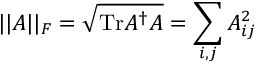
\vert \vert A \vert \vert _ { F } = \sqrt { \mathrm { T r } A ^ { \dagger } A } = \sum _ { i , j } A _ { i j } ^ { 2 }